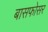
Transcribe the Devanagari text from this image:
बासफोसर